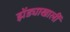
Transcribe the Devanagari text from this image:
झेंड्याखालीं